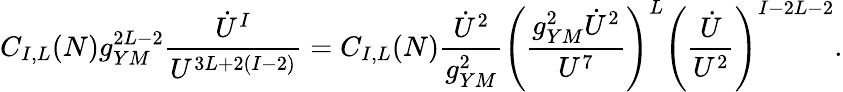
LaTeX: C_{I,L}(N)g_{YM}^{2L-2}{\frac{\dot{U}^{I}}{U^{3L+2(I-2)}}}=C_{I,L}(N){\frac{\dot{U}^{2}}{g_{YM}^{2}}}\left({\frac{g_{YM}^{2}\dot{U}^{2}}{U^{7}}}\right)^{L}\left({\frac{\dot{U}}{U^{2}}}\right)^{I-2L-2}.